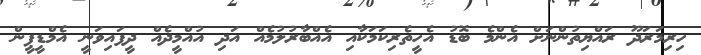
ހިރިމަރަދޫ ރައްޔިތުންނަށް އެންމެ ބޮޑު އެހީތެރިކަމަކާއި އެއްބާރުލުމެއް އަދި އުއްމީދެއް ދީފައިވަނީ އެމްޑީޕީން